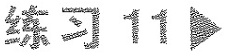
练习11